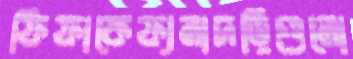
ফিফাকেফ্যনাদড়িগুলো